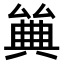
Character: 𠔰